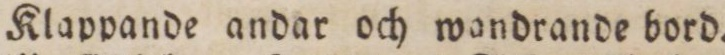
Klappande andar och wandrande bord.